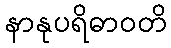
နာနုပရိဓာဝတိ